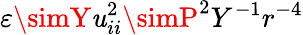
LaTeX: \varepsilon\simY\mathit{u}_{ii}^{2}\simP^{2}Y^{-1}r^{-4}